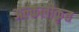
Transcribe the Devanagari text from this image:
अल्कलीकृत